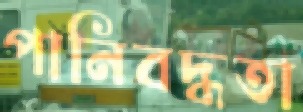
পানিবদ্ধতা